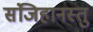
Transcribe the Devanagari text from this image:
संजिहानस्तु